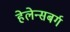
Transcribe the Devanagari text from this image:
हेलेन्सबर्ग